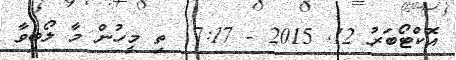
އޮކްޓޯބަރު 12